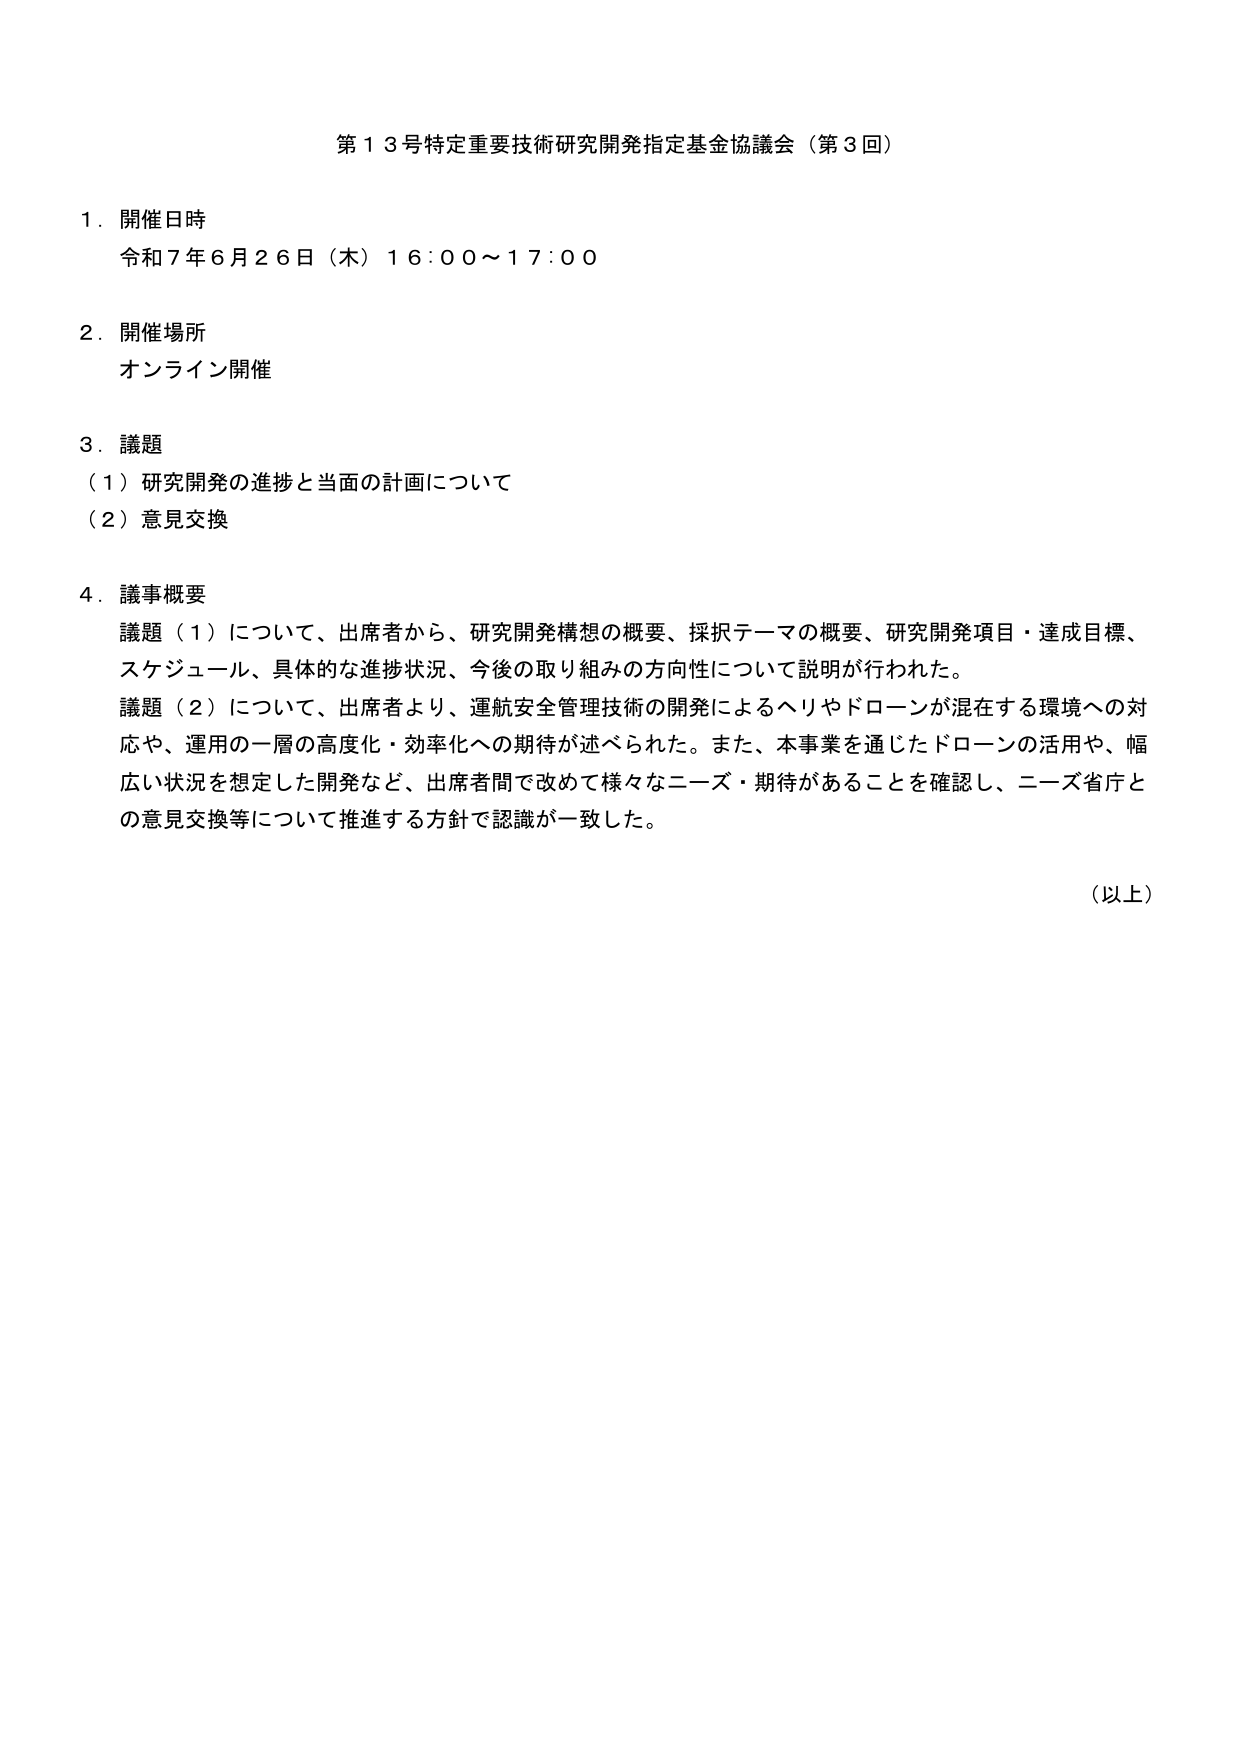
第１３号特定重要技術研究開発指定基金協議会（第３回）

１．開催日時
令和７年６月２６日（木）１６：００～１７：００

２．開催場所
オンライン開催

３．議題
（１）研究開発の進捗と当面の計画について
（２）意見交換

４．議事概要
議題（１）について、出席者から、研究開発構想の概要、採択テーマの概要、研究開発項目・達成目標、スケジュール、具体的な進捗状況、今後の取り組みの方向性について説明が行われた。
議題（２）について、出席者より、運航安全管理技術の開発によるヘリやドローンが混在する環境への対応や、運用の一層の高度化・効率化への期待が述べられた。また、本事業を通じたドローンの活用や、幅広い状況を想定した開発など、出席者間で改めて様々なニーズ・期待があることを確認し、ニーズ省庁との意見交換等について推進する方針で認識が一致した。

（以上）